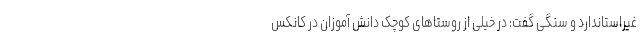
غیراستاندارد و سنگی گفت: در خیلی از روستاهای کوچک دانش آموزان در کانکس